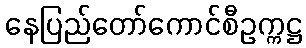
နေပြည်တော်ကောင်စီဥက္ကဋ္ဌ